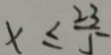
x \leq \frac { 2 3 } { 5 }